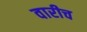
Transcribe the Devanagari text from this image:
वारीच